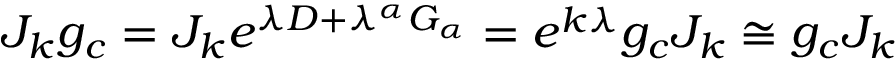
J _ { k } g _ { c } = J _ { k } e ^ { \lambda D + \lambda ^ { \alpha } G _ { \alpha } } = e ^ { k \lambda } g _ { c } J _ { k } \cong g _ { c } J _ { k }